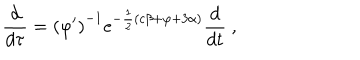
\frac { d } { d \tau } = \left( \varphi ^ { \prime } \right) ^ { - 1 } \mathrm { e } ^ { - \frac 1 2 ( c \beta + \varphi + 3 \alpha ) } \frac { d } { d t } \ ,